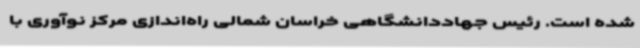
شده است. رئیس جهاددانشگاهی خراسان شمالی راه‌اندازی مرکز نوآوری با